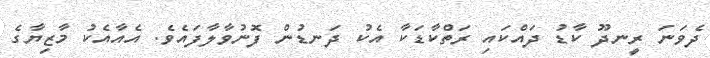
ދެވަނަ ރީނދޫ ކާޑު ދައްކައި ރަތްކާޑަކާ އެކު ދަނޑުން ފޮނުވާލާފައެވެ. އެއާއެކު މާޒިޔާގެ